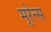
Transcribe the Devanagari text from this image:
मूरेन्स